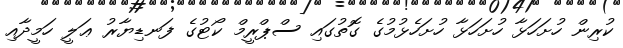
ކުރިން ހުށަހަޅާ ހުށަހަޅާ ހުށަހެޅުމުގެ ގޮތުގައި ސްޕްރީމް ކޯޓުގެ ފަނޑިޔާރު ޢަލީ ހަމީދާއި